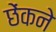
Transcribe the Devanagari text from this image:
छेंकने